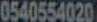
0540554020